Calcutta medical institutions reports 1871-78
Year: 1871
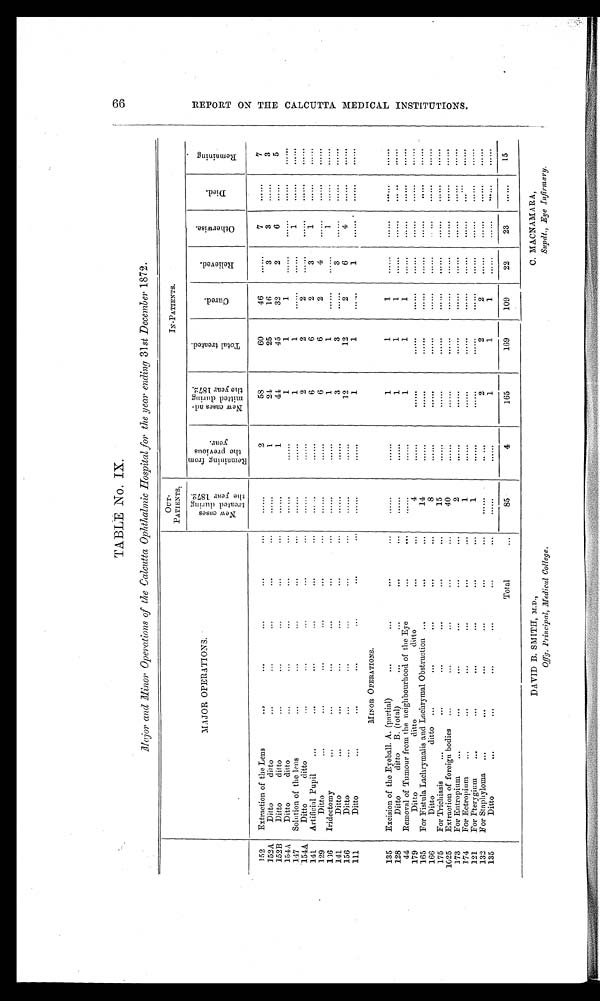
6 6 R E P O R T O N T H E C A L C U T T A M E D I C A L I N S T I T U T I O N S .
MAJOR OPERATIONS.
OUT- PATI ENTS.
IN-PATIENTS.
N e w c a s e s t r e a t e d d u r i g n t h e y e a r 1 8 7 2 .
R e m a i n i n g f r o m t h e p r e v i o u s y e a r .
N e w c a s e s a d - mi t t e d d u r i n g t h e y e a r 1 8 7 2 .
T o t a l t r e a t e d .
Cured.
Rel i eved.
Ot h e r wi s e .
Died.
R e ma i n i n g
1 5 2 Extraction of the Lens
. . . . . .
2
58
60
46
. . . . . .
7 ......
7
152A
Ditto ditto
. . . . . .
1
24
25
16
3
3
. . . . . .
3
152B
Ditto ditto
......
1
41
45
32
2
6
. . . . . .
5
154A
Ditto ditto
. . . . . .
......
1
1
1
............
......
. . . . . .
147
Solution of the lens
......
......
1
1
. . . . . .
. . . . . .
1
. . . . . .
......
154A
Ditto ditto
......
......
2
2
2
...... ......
......
......
141
Artificial Pupil
. . . . . .
......
6
6
2
3
1
. . . . . .
. . . . . .
129
Ditto
. . . . . .
......
6
6
2
4
......
......
......
136
Iridectomy
. . . . . .
. . . . . .
1
1
. . . . . .
. . . . . .
1
. . . . . .
. . . . . .
141
Ditto
......
......
3
3
. . . . . .
3 ......
. . . . . .
. . . . . .
156
Ditto
......
......
12
12
2
6
4
. . . . . .
......
111
Ditto
......
......
1
1
. . . . . .
1
......
......
MINOR OPERATIONS.
135
Excision of the Eyeball. A. (partial)
......
......
1
1
1
...... ...... ......
......
. . . . . .
128
Ditto ditto B. (total)
......
......
1
1
1
...... ............
. . . . . .
......
44
Re mo v a l o f Tu mo u r f r o m t h e n e i g h b o u r h o o d o f t h e Ey e
. . . . . .
. . . . . .
1
1
1
............
. . . . . .
. . . . . .
179
Ditto ditto ditto
4
......
......
......
......
...... ......
. . . . . .
. . . . . .
165
For Fistula Lachrymalis and Lachrymal Obstruction
14
......
......
......
. . . . . .
...... ......
. . . . . .
......
166
Ditto ditto
8
. . . . . .
......
......
......
. . . . . .
. . . . . .
. . . . . .
......
175
For Trichiasis
15
. . . . . .
......
......
. . . . . .
. . . . . . ......
......
......
1025
Extraction of foreign bodies
40
......
......
. . . . . .
. . . . . .
. . . . . . ......
......
......
173
For Entropium
2
......
......
......
......
......
......
......
. . . . . .
174
For Ectropium.
1 ......
......
. . . . . . . ......
......
......
. . . . . .
. . . . . .
121
For Pterygium
1
. . . . . .
. . . . . .
. . . . . .
......
...... ......
. . . . . .
. . . . . .
132
For Staphyloma
......
. . . . . .
2
2
2
...... ......
. . . . . .
. . . . . .
135
Ditto
. . . . . .
. . . . . .
1
1
1
......
......
......
. . . . . .
T o t a l 85
4
165
169
109
22
23
. . . . . .
15
DAVID B. SMITH, M.D.,
C. MACNAM ARA,
Offg. Principal, Medical College.
Supdt., Eye Infirmary.